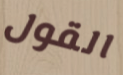
القول